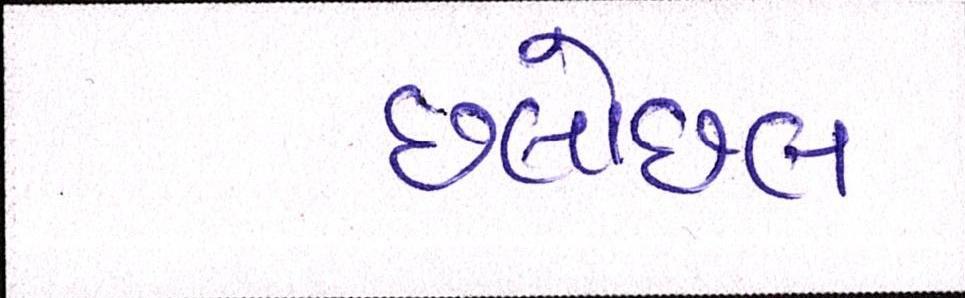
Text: છલોછલ